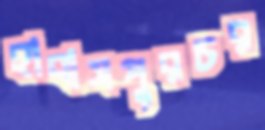
হাবাসপুরচর